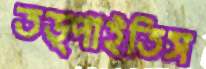
তড়্‌পাইতিস